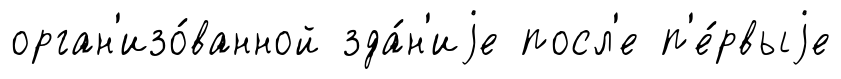
орган'изо́ванной зда́н'иjе посл'е п'е́рвыjе